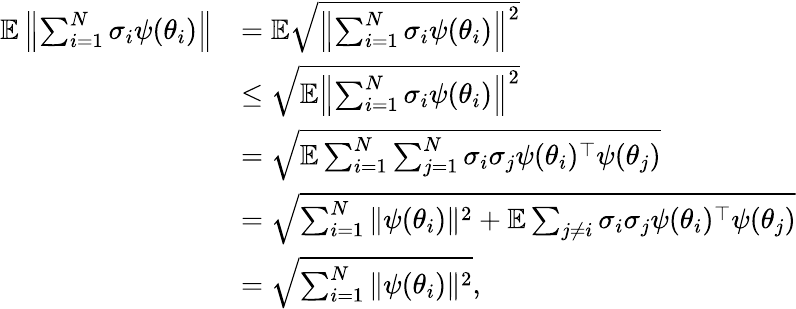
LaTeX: \begin{array}{rl}{\mathbb{E}\left\| \sum_{i=1}^{N}\sigma_{i}\psi(\theta_{i})\right\| }&{=\mathbb{E}\sqrt{\left\| \sum_{i=1}^{N}\sigma_{i}\psi(\theta_{i})\right\| ^{2}}}\\ &{\leq\sqrt{\mathbb{E}\left\| \sum_{i=1}^{N}\sigma_{i}\psi(\theta_{i})\right\| ^{2}}}\\ &{=\sqrt{\mathbb{E}\sum_{i=1}^{N}\sum_{j=1}^{N}\sigma_{i}\sigma_{j}\psi(\theta_{i})^{\top}\psi(\theta_{j})}}\\ &{=\sqrt{\sum_{i=1}^{N}\| \psi(\theta_{i})\| ^{2}+\mathbb{E}\sum_{j\neq i}\sigma_{i}\sigma_{j}\psi(\theta_{i})^{\top}\psi(\theta_{j})}}\\ &{=\sqrt{\sum_{i=1}^{N}\| \psi(\theta_{i})\| ^{2}},}\end{array}